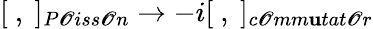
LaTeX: [\ ,\ ]_{P\mathscr{O}iss\mathscr{O}n}\to-i[\ ,\ ]_{c\mathscr{O}mm\mathbf{u}tat\mathscr{O}r}